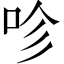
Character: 𠱉